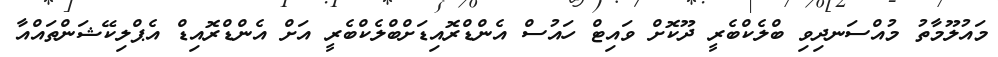
މައުލޫމާތު މުއްސަނދިވި ބްލެކްބެރީ ދޫކޮށް ވައިޓް ހައުސް އެންޑްރޮއިޑަށްބްލެކްބެރީ އަށް އެންޑްރޮއިޑް އެޕްލިކޭޝަންތައްއާ